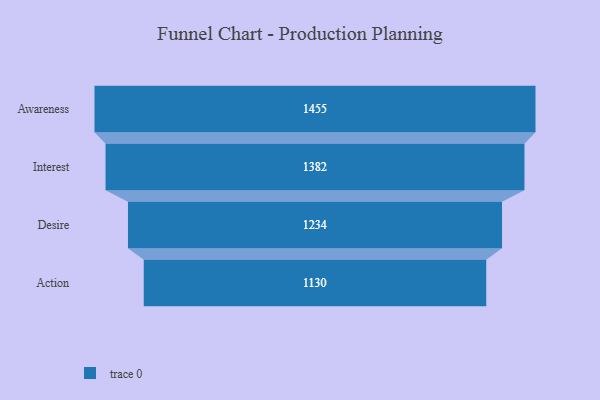
{"axis": {"x": "Stage", "y": "Value"}, "legend": [""], "data": [{"x": "Awareness", "y": 1455.0, "type": ""}, {"x": "Interest", "y": 1382.0, "type": ""}, {"x": "Desire", "y": 1234.0, "type": ""}, {"x": "Action", "y": 1130.0, "type": ""}]}